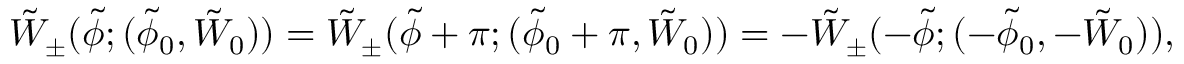
\tilde { W } _ { \pm } ( \tilde { \phi } ; ( \tilde { \phi } _ { 0 } , \tilde { W } _ { 0 } ) ) = \tilde { W } _ { \pm } ( \tilde { \phi } + \pi ; ( \tilde { \phi } _ { 0 } + \pi , \tilde { W } _ { 0 } ) ) = - \tilde { W } _ { \pm } ( - \tilde { \phi } ; ( - \tilde { \phi } _ { 0 } , - \tilde { W } _ { 0 } ) ) ,